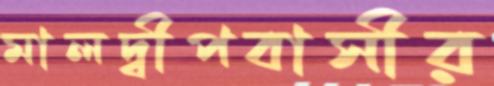
মালদ্বীপবাসীর